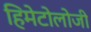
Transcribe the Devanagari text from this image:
हिमेटोलोजी